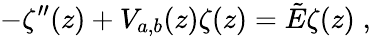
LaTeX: -\zeta^{\prime\prime}(z)+V_{a,b}(z)\zeta(z)=\tilde{E}\zeta(z)\; ,